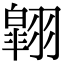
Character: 翶